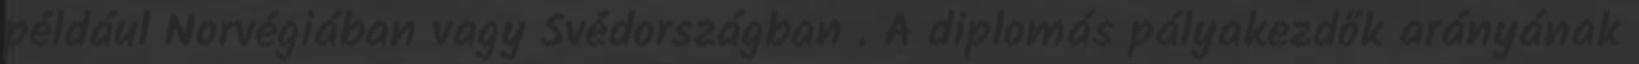
például Norvégiában vagy Svédországban . A diplomás pályakezdők arányának